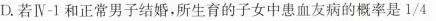
D.若Ⅳ-1和正常男子结婚，所生育的子女中患血友病的概率是\frac{1}{4}